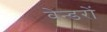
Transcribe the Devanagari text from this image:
वेन्डरों